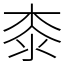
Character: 桼